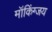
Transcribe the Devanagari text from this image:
मॉकिंग्जय